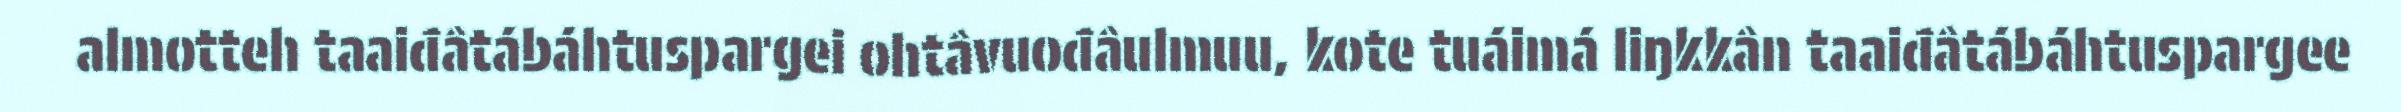
almotteh taaiđâtábáhtuspargei ohtâvuođâulmuu, kote tuáimá liŋkkân taaiđâtábáhtuspargee